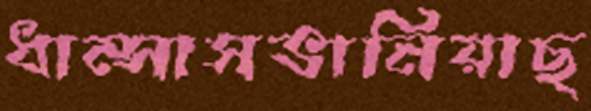
ধাম্‌সাসভানিয়াছ